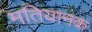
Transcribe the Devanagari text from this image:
मतियानक